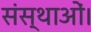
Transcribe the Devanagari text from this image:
संस्थाओं।